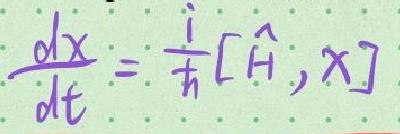
$\frac{d x}{d t}=\frac{i}{\hbar}[\hat{H}, x]$